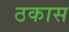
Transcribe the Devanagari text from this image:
ठकास